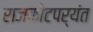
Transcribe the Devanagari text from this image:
राजकोटपर्यंत